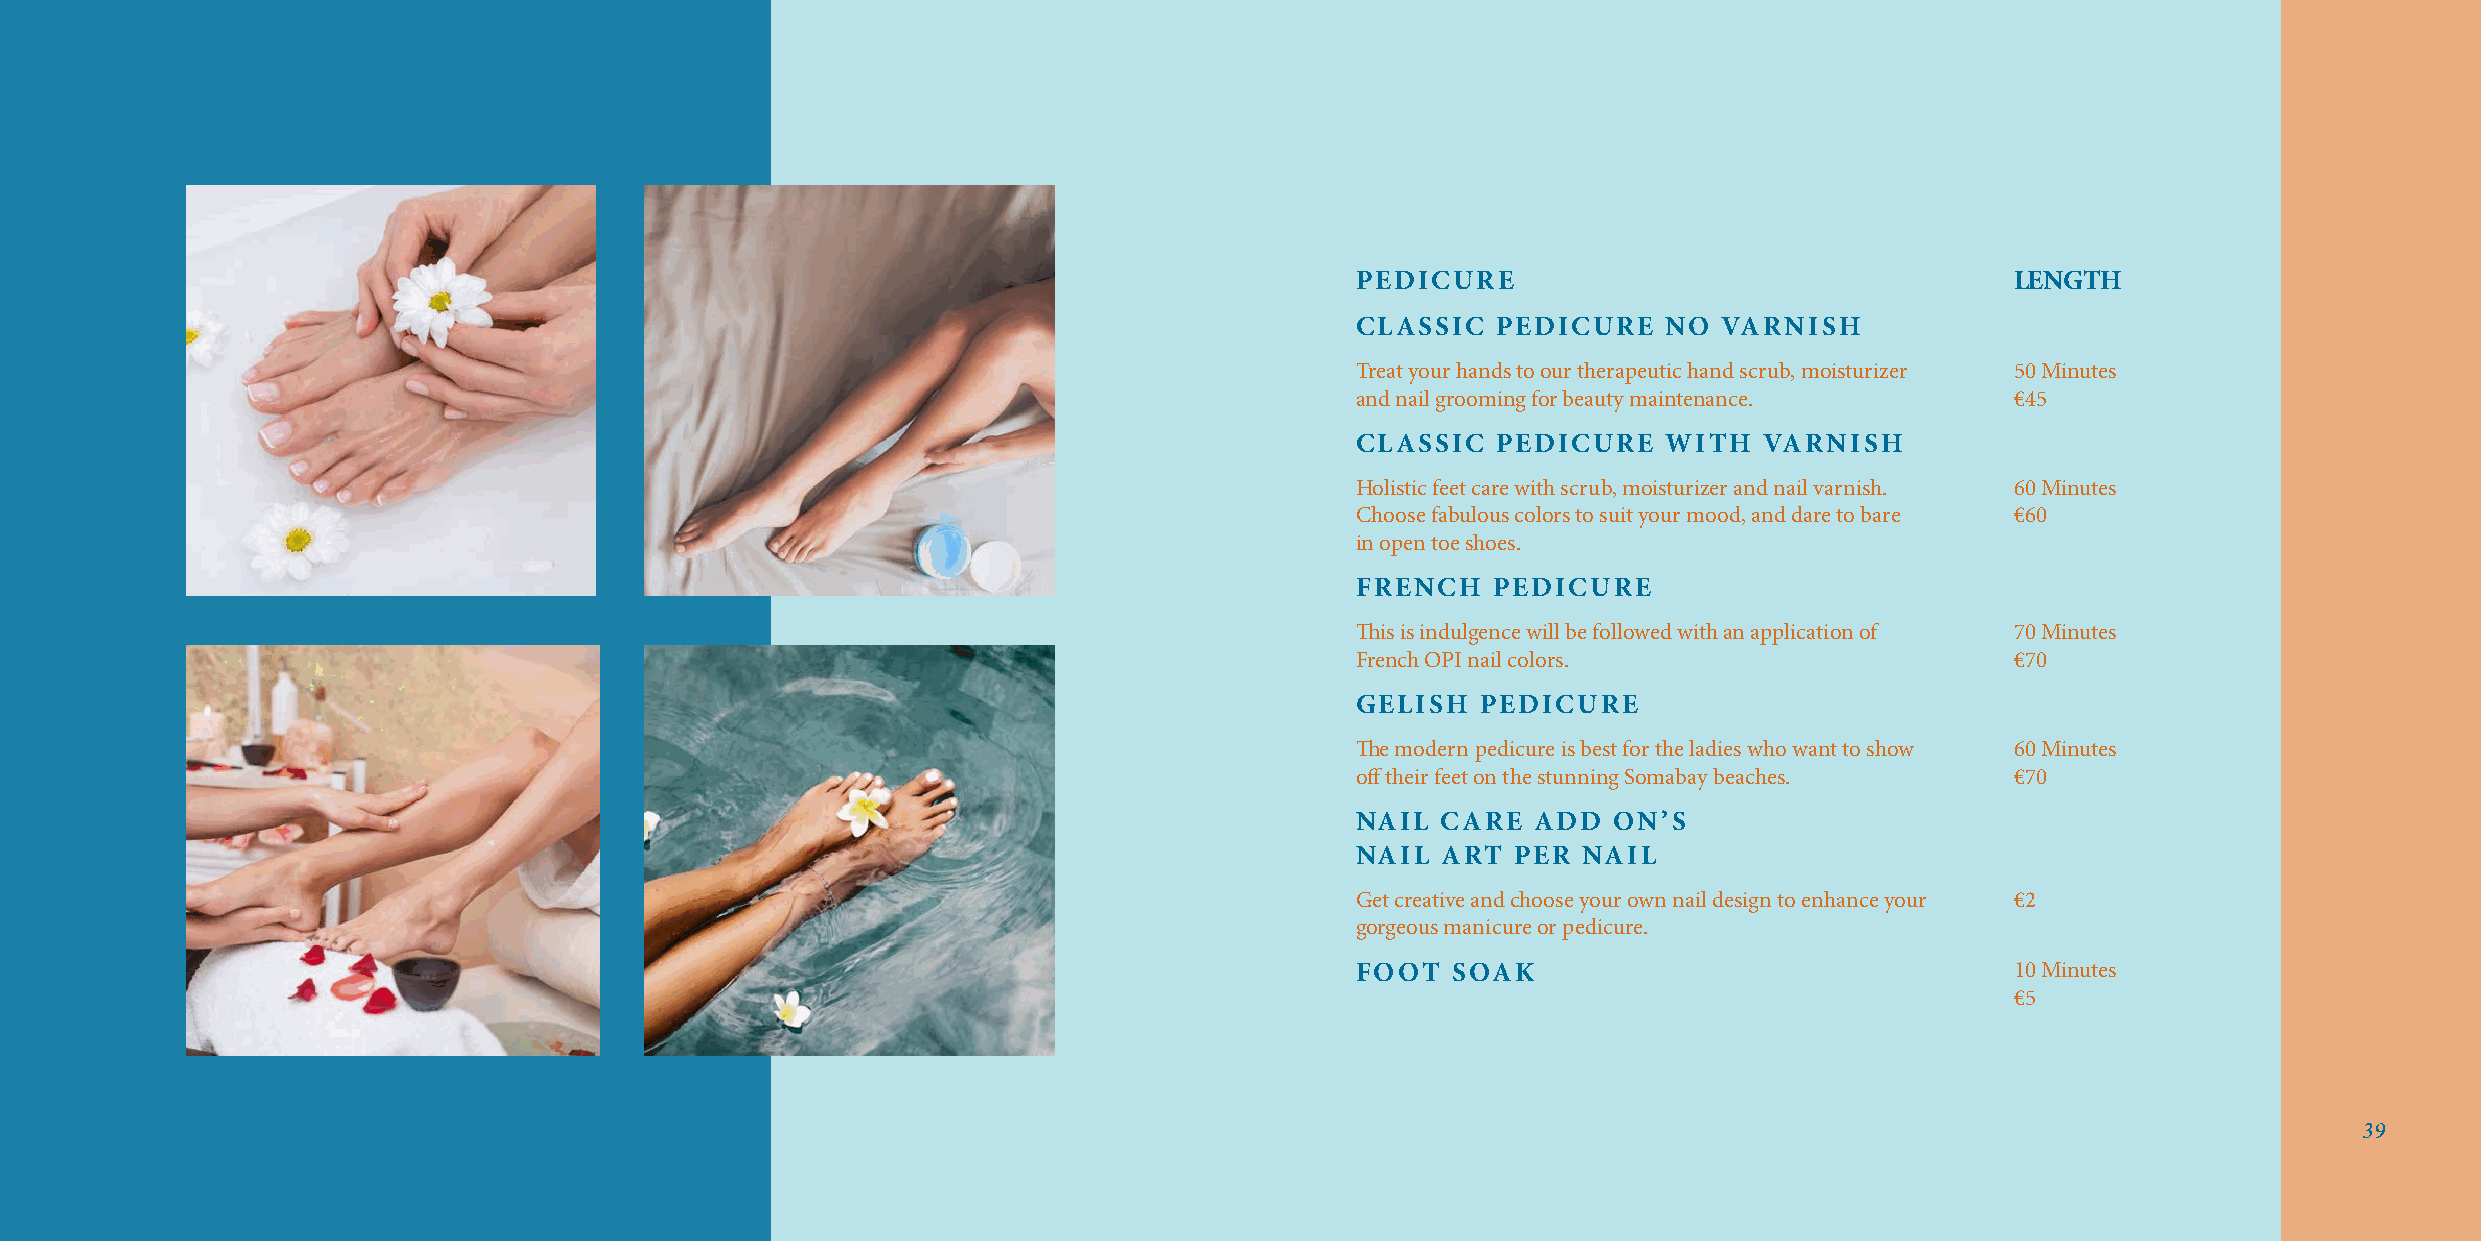
PEDICURE                                   LENGTH
 CLASSIC  PEDICURE   NO  VARNISH
 Treat your hands to our therapeutic hand scrub, moisturizer 50 Minutes
 and nail grooming for beauty maintenance.  €45
 CLASSIC  PEDICURE   WITH   VARNISH
 Holistic feet care with scrub, moisturizer and nail varnish. 60 Minutes
 Choose fabulous colors to suit your mood, and dare to bare €60
 in open toe shoes.
 FRENCH   PEDICURE
 This is indulgence will be followed with an application of 70 Minutes
 French OPI nail colors.                    €70
 GELISH  PEDICURE
 The modern pedicure is best for the ladies who want to show 60 Minutes
 off their feet on the stunning Somabay beaches. €70
 NAIL CARE   ADD  ON’S
 NAIL ART  PER  NAIL
 Get creative and choose your own nail design to enhance your €2
 gorgeous manicure or pedicure.
 FOOT  SOAK                                 10 Minutes
 €5
 39